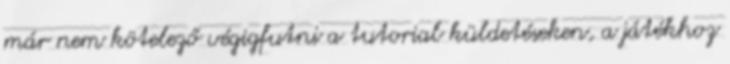
már nem kötelező végigfutni a tutorial küldetéseken, a játékhoz